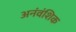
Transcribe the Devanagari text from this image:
अनंवंशिक